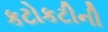
કટોકટીની